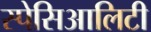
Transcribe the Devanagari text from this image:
स्पेसिआलिटी